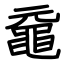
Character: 黿